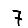
Digit: 7